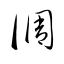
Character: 調